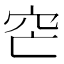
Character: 𥤩